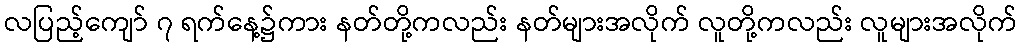
လပြည့်ကျော် ၇ ရက်နေ့၌ကား နတ်တို့ကလည်း နတ်များအလိုက် လူတို့ကလည်း လူများအလိုက်